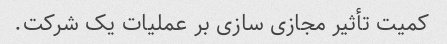
کمیت تأثیر مجازی سازی بر عملیات یک شرکت.